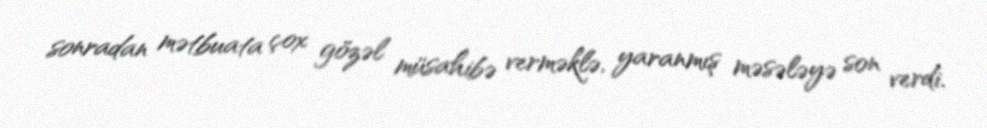
sonradan mətbuata çox gözəl müsahibə verməklə, yaranmış məsələyə son verdi.